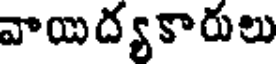
వాయిద్యకారులు